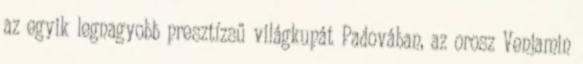
az egyik legnagyobb presztízsű világkupát Padovában, az orosz Venjamin